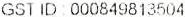
GST ID: 000849813504